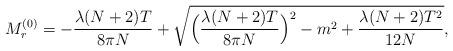
LaTeX: \begin{align*}M_r^{(0)} = - \frac{\lambda (N + 2)T}{8 \pi N} + \sqrt{\Bigl(\frac{\lambda (N + 2)T}{8 \pi N}\Bigr)^2 - m^2 + \frac{\lambda (N + 2)T^2}{12 N}},\end{align*}